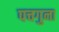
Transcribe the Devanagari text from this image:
पचगुना